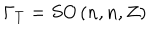
\Gamma _ { T } = S O \left( n , n , Z \right)